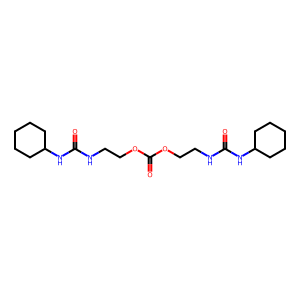
SMILES: O=C(NCCOC(=O)OCCNC(=O)NC1CCCCC1)NC1CCCCC1
Inhibits HIV replication: No